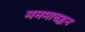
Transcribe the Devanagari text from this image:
मनमाडहून